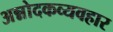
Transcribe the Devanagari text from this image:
अन्नोदकव्यवहार